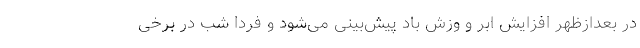
در بعدازظهر افزایش ابر و وزش باد پیش‌بینی می‌شود و فردا شب در برخی